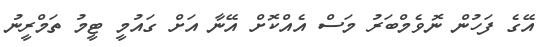
އޭގެ ފަހުން ނޮވެމްބަރު މަސް އެއްކޮށް އޭނާ އަށް ގައުމީ ޓީމު ތަމްރީނު